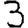
Digit: 3